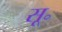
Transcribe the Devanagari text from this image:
सू॰